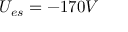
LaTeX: U _ { e s } = - 1 7 0 V